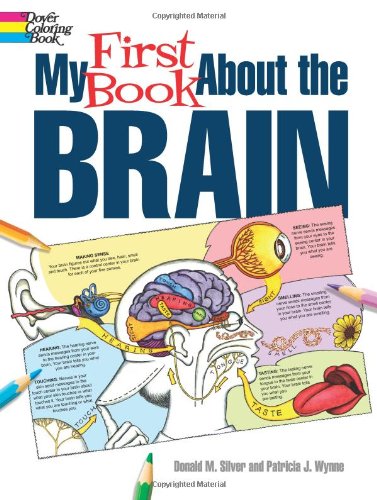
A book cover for My First Book About the Brain (Dover Children's Science Books); Patricia J. Wynne; Children's Books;